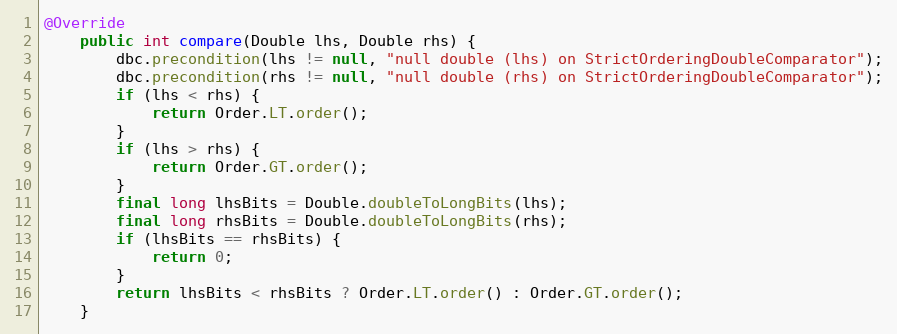
Language: Java
@Override
    public int compare(Double lhs, Double rhs) {
        dbc.precondition(lhs != null, "null double (lhs) on StrictOrderingDoubleComparator");
        dbc.precondition(rhs != null, "null double (rhs) on StrictOrderingDoubleComparator");
        if (lhs < rhs) {
            return Order.LT.order();
        }
        if (lhs > rhs) {
            return Order.GT.order();
        }
        final long lhsBits = Double.doubleToLongBits(lhs);
        final long rhsBits = Double.doubleToLongBits(rhs);
        if (lhsBits == rhsBits) {
            return 0;
        }
        return lhsBits < rhsBits ? Order.LT.order() : Order.GT.order();
    }